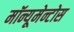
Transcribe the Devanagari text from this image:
मॉन्यूमेन्टोस